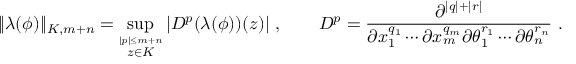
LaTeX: \| \lambda ( \phi ) \| _ { K , m + n } = \operatorname * { s u p } _ { \stackrel { | p | \leq m + n } { z \in K } } | D ^ { p } ( \lambda ( \phi ) ) ( z ) | \, \, , \qquad D ^ { p } = \frac { \partial ^ { | q | + | r | } } { \partial x _ { 1 } ^ { q _ { 1 } } \cdots \partial x _ { m } ^ { q _ { m } } \partial \theta _ { 1 } ^ { r _ { 1 } } \cdots \partial \theta _ { n } ^ { r _ { n } } } \, \, .